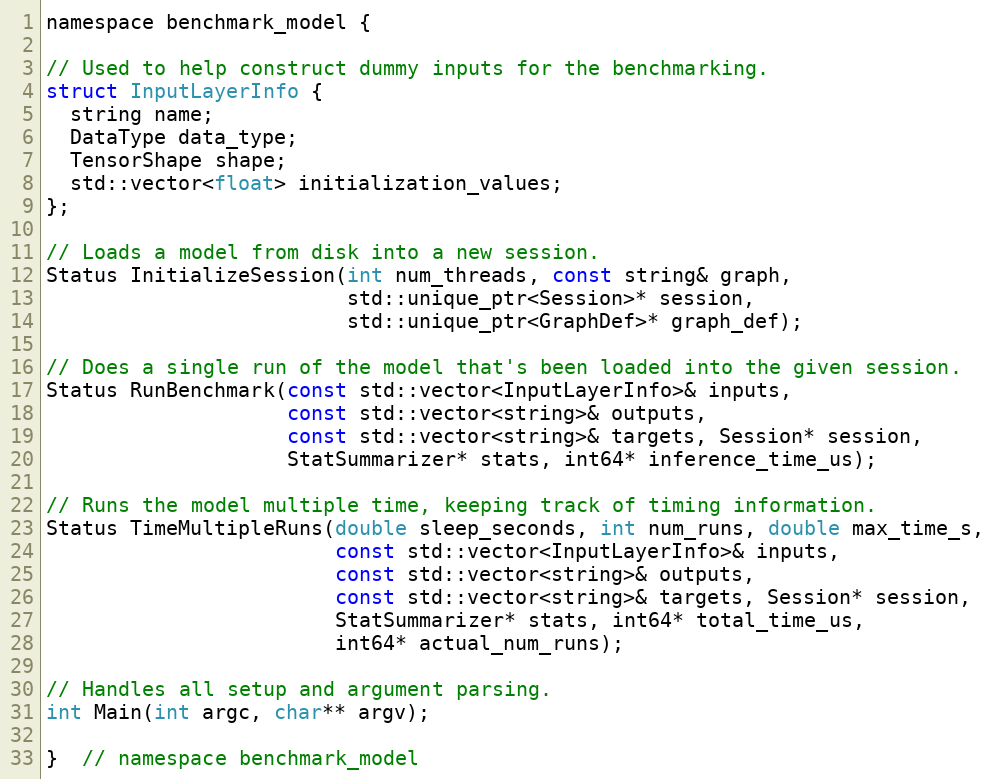
Language: C
namespace benchmark_model {

// Used to help construct dummy inputs for the benchmarking.
struct InputLayerInfo {
  string name;
  DataType data_type;
  TensorShape shape;
  std::vector<float> initialization_values;
};

// Loads a model from disk into a new session.
Status InitializeSession(int num_threads, const string& graph,
                         std::unique_ptr<Session>* session,
                         std::unique_ptr<GraphDef>* graph_def);

// Does a single run of the model that's been loaded into the given session.
Status RunBenchmark(const std::vector<InputLayerInfo>& inputs,
                    const std::vector<string>& outputs,
                    const std::vector<string>& targets, Session* session,
                    StatSummarizer* stats, int64* inference_time_us);

// Runs the model multiple time, keeping track of timing information.
Status TimeMultipleRuns(double sleep_seconds, int num_runs, double max_time_s,
                        const std::vector<InputLayerInfo>& inputs,
                        const std::vector<string>& outputs,
                        const std::vector<string>& targets, Session* session,
                        StatSummarizer* stats, int64* total_time_us,
                        int64* actual_num_runs);

// Handles all setup and argument parsing.
int Main(int argc, char** argv);

}  // namespace benchmark_model